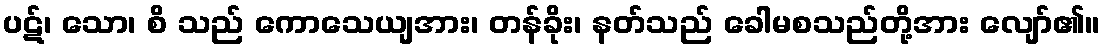
ပဋ်၊ သော၊ စိ သည် ကောသေယျအား၊ တန်ခိုး၊ နတ်သည် ခေါမစသည်တို့အား လျော်၏။